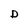
Character: D